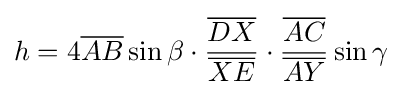
h=4{\overline {AB}}\sin \beta \cdot {\frac {\overline {DX}}{\overline {XE}}}\cdot {\frac {\overline {AC}}{\overline {AY}}}\sin \gamma